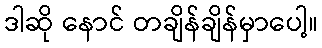
ဒါဆို နောင် တချိန်ချိန်မှာပေါ့။